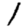
Digit: 1